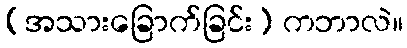
(အသားခြောက်ခြင်း) ကဘာလဲ။